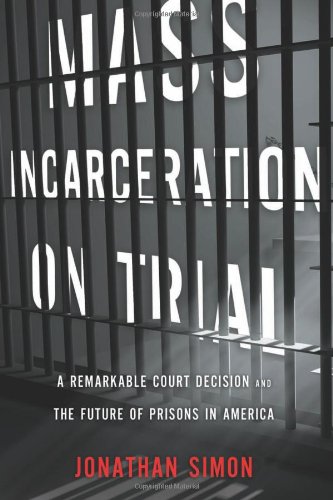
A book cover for Mass Incarceration on Trial: A Remarkable Court Decision and the Future of Prisons in America; Jonathan Simon; Law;